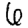
Digit: 6